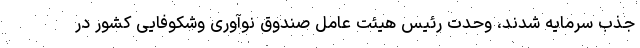
جذب سرمایه شدند، وحدت رئیس هیئت عامل صندوق نوآوری وشکوفایی کشور در